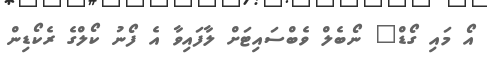
އޯ މައި ގޯޑް" ނޯބެލް ވެބްސައިޓަށް ލާފައިވާ އެ ފޯނު ކޯލްގެ ރެކޯޑިން